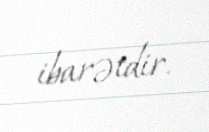
ibarətdir.